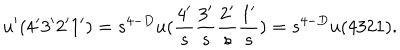
LaTeX: u ^ { \prime } ( 4 ^ { \prime } 3 ^ { \prime } 2 ^ { \prime } 1 ^ { \prime } ) = s ^ { 4 - D } u ( \frac { 4 ^ { \prime } } { s } \frac { 3 ^ { \prime } } { s } \frac { 2 ^ { \prime } } { s } \frac { 1 ^ { \prime } } { s } ) = s ^ { 4 - D } u ( 4 3 2 1 ) .